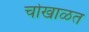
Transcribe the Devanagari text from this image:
चोखाळत